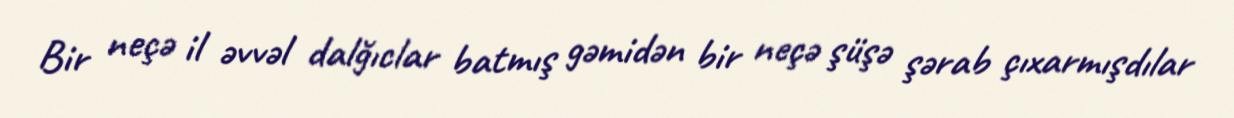
Bir neçə il əvvəl dalğıclar batmış gəmidən bir neçə şüşə şərab çıxarmışdılar